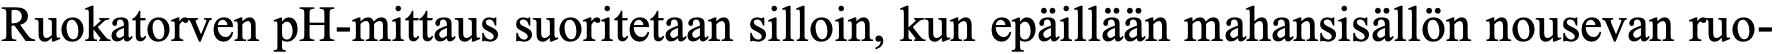
Ruokatorven pH-mittaus suoritetaan silloin, kun epäillään mahansisällön nousevan ruo-